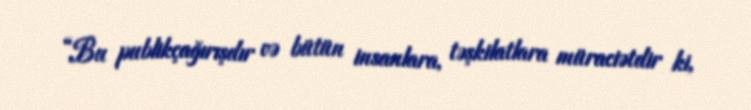
“Bu publikçağırışdır və bütün insanlara, təşkilatlara müraciətdir ki,